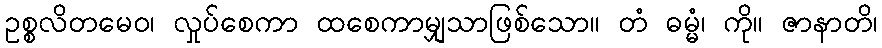
ဥစ္စလိတမေဝ၊ လှုပ်စေကာ ထစေကာမျှသာဖြစ်သော။ တံ ဓမ္မံ၊ ကို။ ဇာနာတိ၊